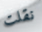
نقلت